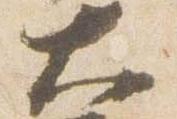
大